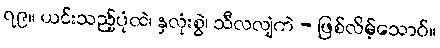
၇၉။ ယင်းသည့်ပုံထဲ၊ နှလုံးစွဲ၊ သီလလျံကဲ - ဖြစ်လိမ့်သောဝ်။